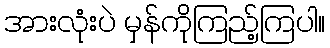
အားလုံးပဲ မှန်ကိုကြည့်ကြပါ။